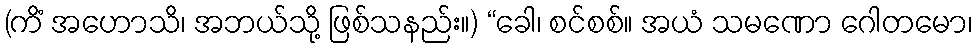
(ကိံ အဟောသိ၊ အဘယ်သို့ ဖြစ်သနည်း။) “ခေါ၊ စင်စစ်။ အယံ သမဏော ဂေါတမော၊